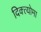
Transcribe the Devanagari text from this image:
दिक्त्योमा